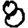
Digit: 8